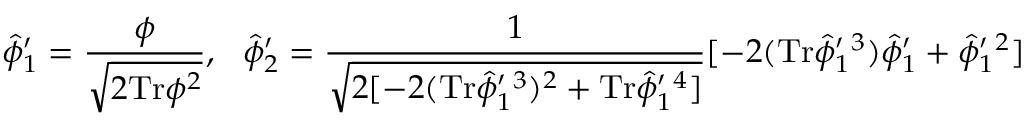
\hat { \phi } _ { 1 } ^ { \prime } = \frac { \phi } { \sqrt { 2 \mathrm { T r } \phi ^ { 2 } } } , \ \ \hat { \phi } _ { 2 } ^ { \prime } = \frac { 1 } { \sqrt { 2 [ - 2 ( \mathrm { T r } \hat { \phi } _ { 1 } ^ { \prime } { } ^ { 3 } ) ^ { 2 } + \mathrm { T r } \hat { \phi } _ { 1 } ^ { \prime } { } ^ { 4 } ] } } [ - 2 ( \mathrm { T r } \hat { \phi } _ { 1 } ^ { \prime } { } ^ { 3 } ) \hat { \phi } _ { 1 } ^ { \prime } + \hat { \phi } _ { 1 } ^ { \prime } { } ^ { 2 } ]